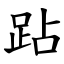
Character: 跕